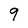
Character: 9